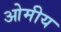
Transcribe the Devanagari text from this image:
ओमीय